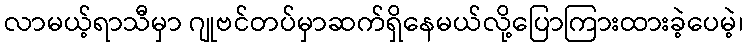
လာမယ့်ရာသီမှာ ဂျုဗင်တပ်မှာဆက်ရှိနေမယ်လို့ပြောကြားထားခဲ့ပေမဲ့၊